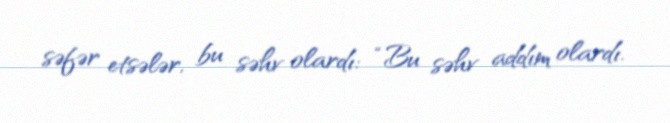
səfər etsələr, bu səhv olardı: “Bu səhv addım olardı.